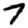
Digit: 7